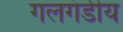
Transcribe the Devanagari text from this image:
गलगंडीय